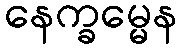
နေက္ခမ္မေန